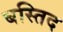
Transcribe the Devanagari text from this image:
बस्तिद